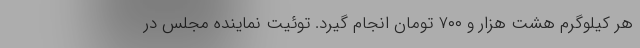
هر کیلوگرم هشت هزار و ۷۰۰ تومان انجام گیرد. توئیت نماینده مجلس در